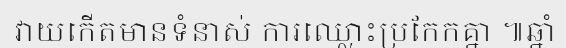
វាយកើតមានទំនាស់ ការឈ្លោះប្រកែកគ្នា ៕ឆ្នាំ